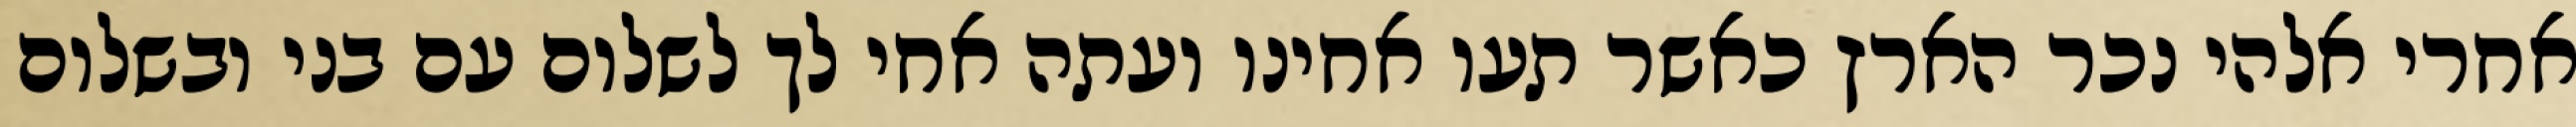
אחרי אלהי נכר הארץ כאשר תעו אחינו ועתה אחי לך לשלום עם בני ובשלום